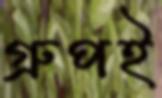
গ্রুপই